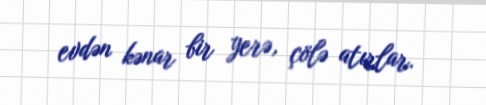
evdən kənar bir yerə, çölə atırlar.